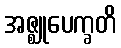
အဇ္ဈုပေက္ခတိ